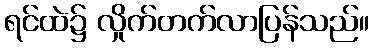
ရင်ထဲ၌ လှိုက်တက်လာပြန်သည်။